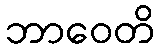
ဘာဝေတိ